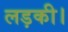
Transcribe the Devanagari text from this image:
लड़की।